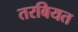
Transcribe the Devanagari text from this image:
तरबियत